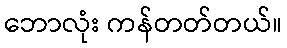
ဘောလုံး ကန်တတ်တယ်။